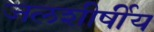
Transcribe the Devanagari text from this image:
जलशीर्षीय